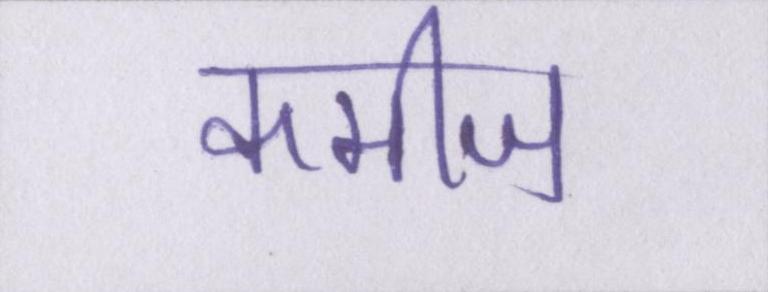
कमीज